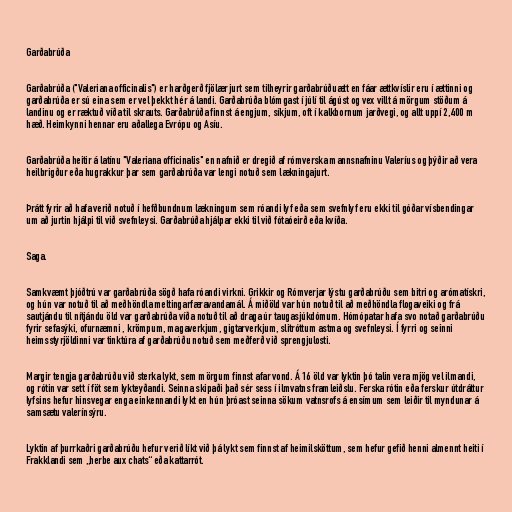
Garðabrúða

Garðabrúða ("Valeriana officinalis") er harðgerð fjölær jurt sem tilheyrir garðabrúðuætt en fáar ættkvíslir eru í ættinni og
garðabrúða er sú eina sem er vel þekkt hér á landi. Garðabrúða blómgast í júlí til ágúst og vex villt á mörgum stöðum á
landinu og er ræktuð víða til skrauts. Garðabrúða finnst á engjum, síkjum, oft í kalkbornum jarðvegi, og allt uppí 2,400 m
hæð. Heimkynni hennar eru aðallega Evrópu og Asíu.

Garðabrúða heitir á latínu "Valeriana officinalis" en nafnið er dregið af rómverska mannsnafninu Valeríus og þýðir að vera
heilbrigður eða hugrakkur þar sem garðabrúða var lengi notuð sem lækningajurt.

Þrátt fyrir að hafa verið notuð í hefðbundnum lækningum sem róandi lyf eða sem svefnlyf eru ekki til góðar vísbendingar
um að jurtin hjálpi til við svefnleysi. Garðabrúða hjálpar ekki til við fótaóeirð eða kvíða.

Saga.

Samkvæmt þjóðtrú var garðabrúða sögð hafa róandi virkni. Grikkir og Rómverjar lýstu garðabrúðu sem bitri og arómatískri,
og hún var notuð til að meðhöndla meltingarfæravandamál. Á miðöld var hún notuð til að meðhöndla flogaveiki og frá
sautjándu til nítjándu öld var garðabrúða víða notuð til að draga úr taugasjúkdómum. Hómópatar hafa svo notað garðabrúðu
fyrir sefasýki, ofurnæmni , krömpum, magaverkjum, gigtarverkjum, slitróttum astma og svefnleysi. Í fyrri og seinni
heimsstyrjöldinni var tinktúra af garðabrúðu notuð sem meðferð við sprengjulosti.

Margir tengja garðabrúðu við sterka lykt, sem mörgum finnst afar vond. Á 16 öld var lyktin þó talin vera mjög vel ilmandi,
og rótin var sett í föt sem lykteyðandi. Seinna skipaði það sér sess í ilmvatns framleiðslu. Ferska rótin eða ferskur útdráttur
lyfsins hefur hinsvegar enga einkennandi lykt en hún þróast seinna sökum vatnsrofs á ensímum sem leiðir til myndunar á
samsætu valerínsýru.

Lyktin af þurrkaðri garðabrúðu hefur verið líkt við þá lykt sem finnst af heimilsköttum, sem hefur gefið henni almennt heiti í
Frakklandi sem „herbe aux chats“ eða kattarrót.